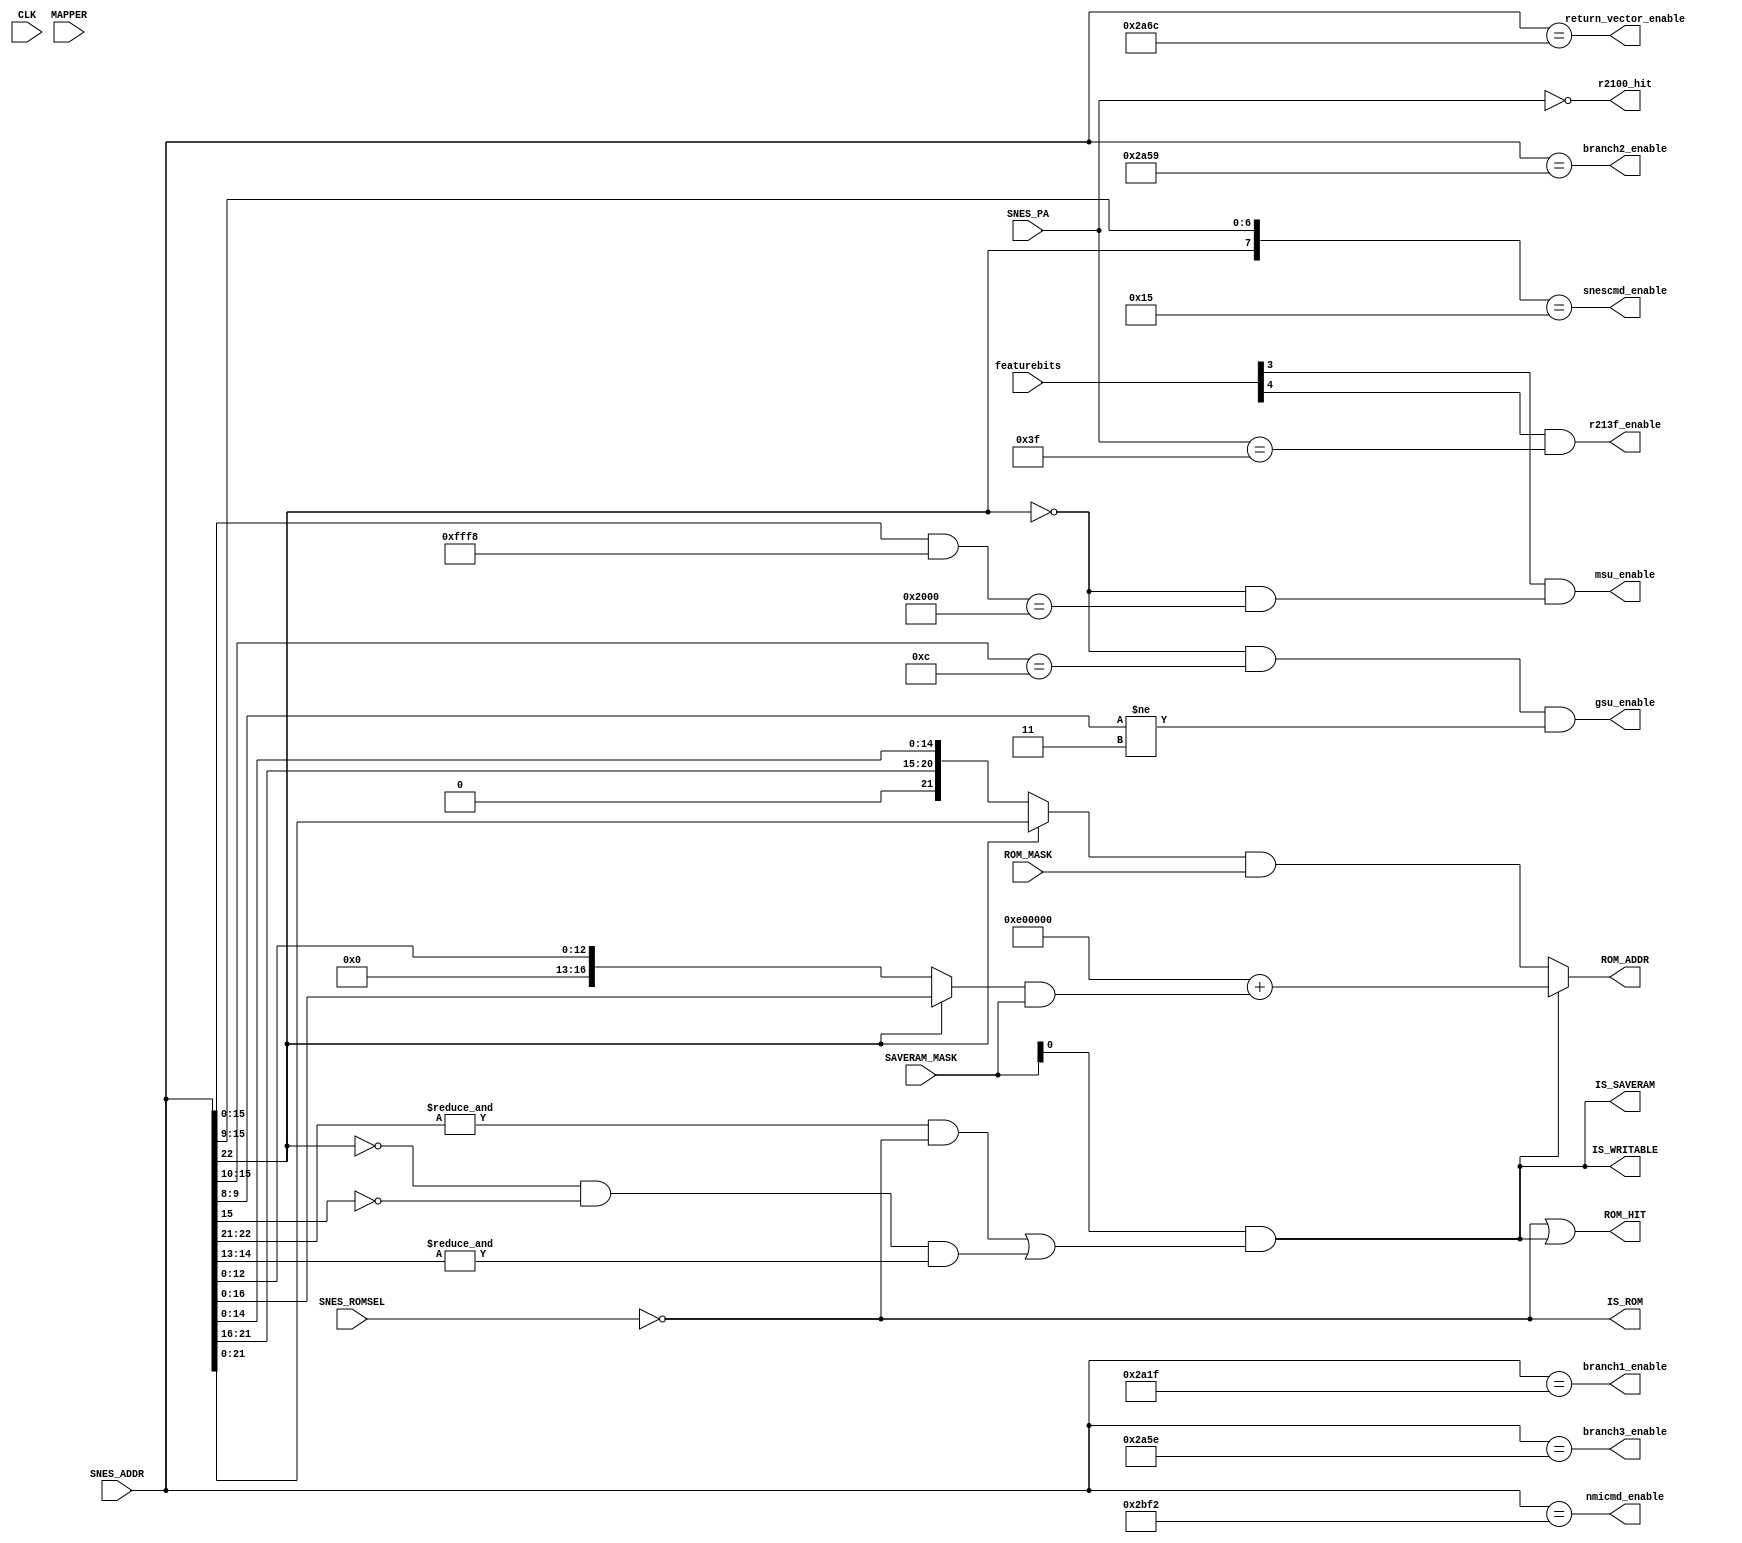
module address(
  input CLK,
  input [15:0] featurebits, // peripheral enable/disable
  input [2:0] MAPPER,       // MCU detected mapper
  input [23:0] SNES_ADDR,   // requested address from SNES
  input [7:0] SNES_PA,      // peripheral address from SNES
  input SNES_ROMSEL,        // ROMSEL from SNES
  output [23:0] ROM_ADDR,   // Address to request from SRAM0
  output ROM_HIT,           // enable SRAM0
  output IS_SAVERAM,        // address/CS mapped as SRAM?
  output IS_ROM,            // address mapped as ROM?
  output IS_WRITABLE,       // address somehow mapped as writable area?
  input [23:0] SAVERAM_MASK,
  input [23:0] ROM_MASK,
  output msu_enable,
  output r213f_enable,
  output r2100_hit,
  output snescmd_enable,
  output nmicmd_enable,
  output return_vector_enable,
  output branch1_enable,
  output branch2_enable,
  output branch3_enable,
  output gsu_enable
);

parameter [2:0]
  //FEAT_DSPX = 0,
  //FEAT_ST0010 = 1,
  //FEAT_SRTC = 2,
  FEAT_MSU1 = 3,
  FEAT_213F = 4,
  FEAT_2100 = 6
;

wire [23:0] SRAM_SNES_ADDR;

assign IS_ROM = ~SNES_ROMSEL;

assign IS_SAVERAM = SAVERAM_MASK[0]
                    & ( // 60-7D/E0-FF:0000-FFFF
                        ( &SNES_ADDR[22:21]
                        & ~SNES_ROMSEL
                        )
                        // 00-3F/80-BF:6000-7FFF
                      | ( ~SNES_ADDR[22]
                        & ~SNES_ADDR[15]
                        & &SNES_ADDR[14:13]
                        )
                      );

assign IS_WRITABLE = IS_SAVERAM;

// GSU has a weird hybrid of Lo and Hi ROM formats.
// TODO: add programmable address map
assign SRAM_SNES_ADDR = (IS_SAVERAM
                         // 60-7D/E0-FF:0000-FFFF or 00-3F/80-BF:6000-7FFF (first 8K mirror)
                         ? (24'hE00000 + ((SNES_ADDR[22] ? SNES_ADDR[16:0] : SNES_ADDR[12:0]) & SAVERAM_MASK))
                         // 40-5F/C0-DF:0000-FFFF or 00-3F/80-BF:8000-FFFF
                         : ((SNES_ADDR[22] ? {2'b00, SNES_ADDR[21:0]} : {2'b00, SNES_ADDR[22:16], SNES_ADDR[14:0]}) & ROM_MASK)
                         );

assign ROM_ADDR = SRAM_SNES_ADDR;

assign ROM_HIT = IS_ROM | IS_WRITABLE;

assign msu_enable = featurebits[FEAT_MSU1] & (!SNES_ADDR[22] && ((SNES_ADDR[15:0] & 16'hfff8) == 16'h2000));
assign r213f_enable = featurebits[FEAT_213F] & (SNES_PA == 8'h3f);
assign r2100_hit = (SNES_PA == 8'h00);
assign snescmd_enable = ({SNES_ADDR[22], SNES_ADDR[15:9]} == 8'b0_0010101);
assign nmicmd_enable = (SNES_ADDR == 24'h002BF2);
assign return_vector_enable = (SNES_ADDR == 24'h002A6C);
assign branch1_enable = (SNES_ADDR == 24'h002A1F);
assign branch2_enable = (SNES_ADDR == 24'h002A59);
assign branch3_enable = (SNES_ADDR == 24'h002A5E);
// 00-3F/80-BF:3000-32FF gsu registers.  TODO: some emulators go to $34FF???
assign gsu_enable = (!SNES_ADDR[22] && ({SNES_ADDR[15:10],2'h0} == 8'h30)) && (SNES_ADDR[9:8] != 2'h3);

endmodule